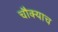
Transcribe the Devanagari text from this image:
चौक्याच